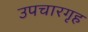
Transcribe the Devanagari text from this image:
उपचारगृह